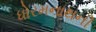
ધોરમનાથની